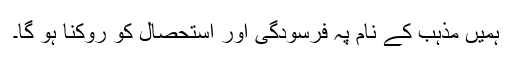
ہمیں مذہب کے نام پہ فرسودگی اور استحصال کو روکنا ہو گا۔